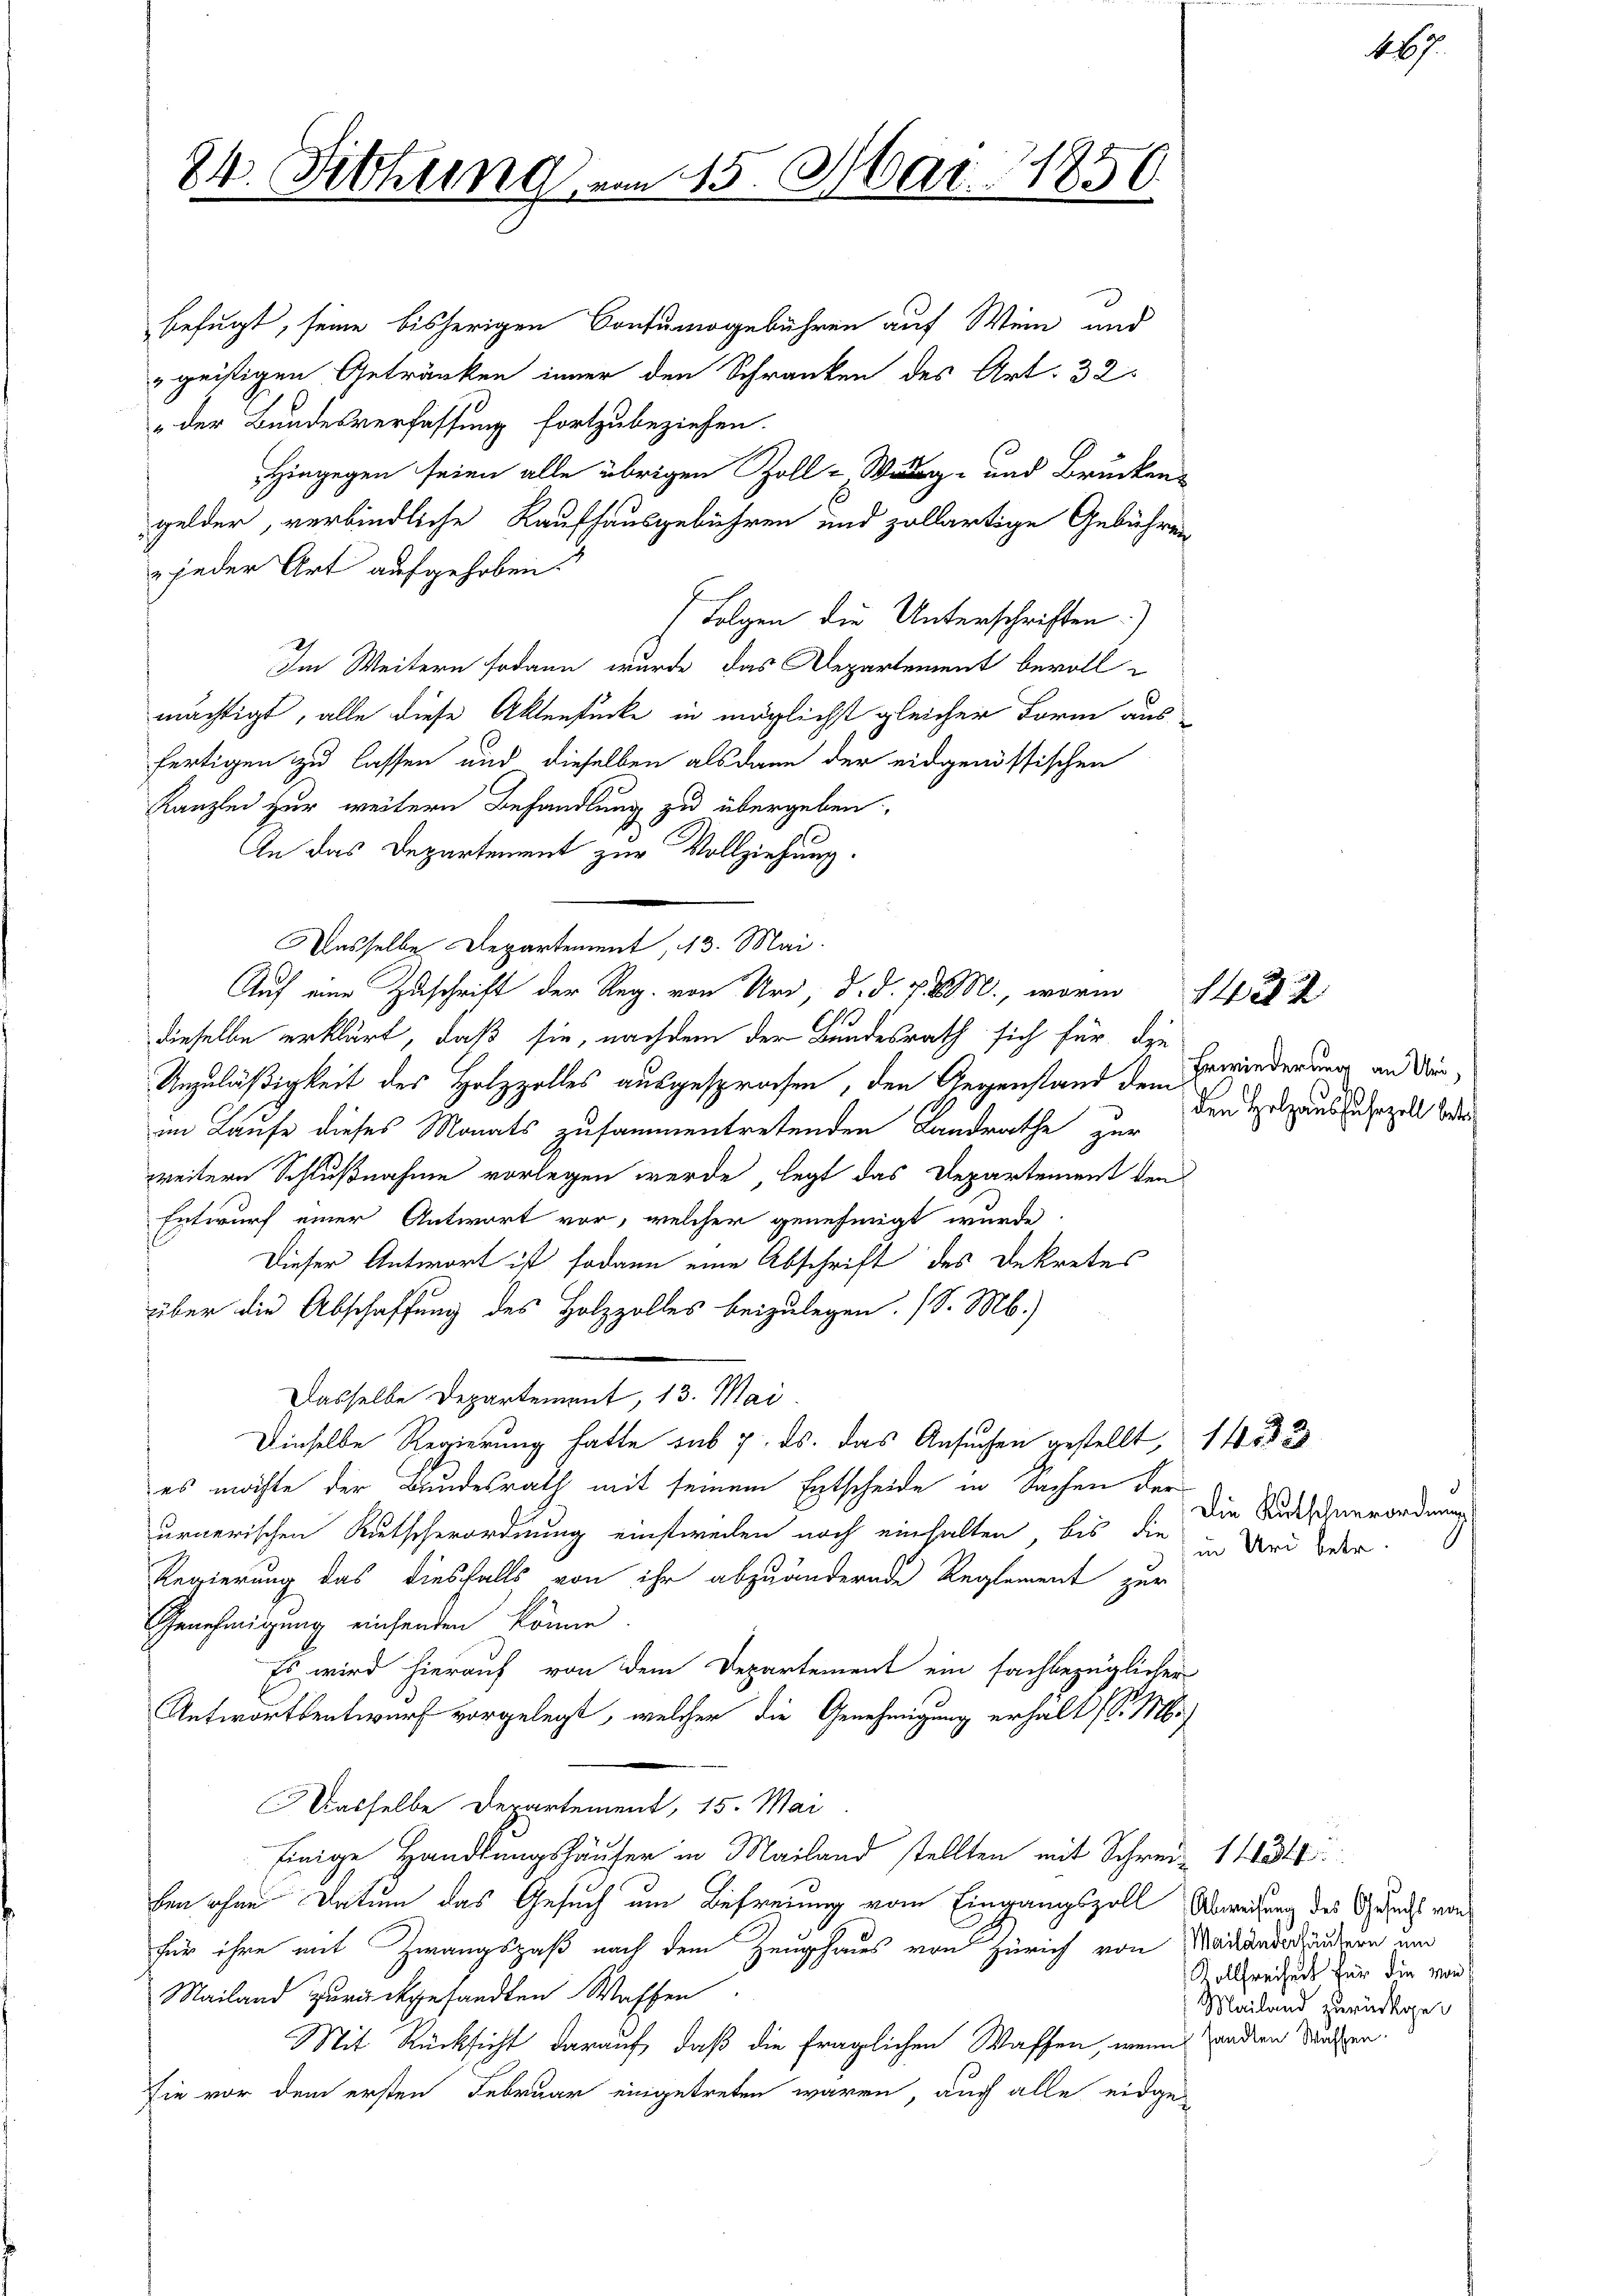
24. Fettung
.

befugt, seine bisherigen Consumogebühren auf Wein und
geistigen Getränken immer den Schranken des Art. 32
„der Bundesverfassung fortzubeziehen.
Hingegen seien alle übrigen Zoll-Weg- und Brücken-
gelder, verbindliche Raufhausgebühren und zollartige Gebühren
 jeder Art aufgehoben.
Folgen die Unterschriften.)
Im Weitern sodann wurde das Departement bevollmächtigt, alle diese Aktenstücke in möglichst gleicher Form aus
fertigen zu lassen und dieselben alsdann der eidgenössischen
Kanzlei zur weitern Behandlung zu übergeben
An das Departement zur Vollziehung.
Dasselbe Departement, 13. Mai.
Auf eine Zuschrift der Reg. von Uri, d. d. J. M., worin
dieselbe erklärt, daß sie, nachdem der Bundesrath sich für die
Unzuläßigkeit des Holzzolles ausgesprochen, den Gegenstand dem
im Laufe dieses Monats zusammentretenden Landrathe zur
weitere Schlußnahme vorlegen werde, legt das Departement den
Entwurf einer Antwort vor, welcher genehmigt wurde
Dieser Antwort ist sodann eine Abschrift des Dekretes
über die Abschaffung des Holzzolles beizulegen. (S. M.)
Dasselbe Departement, 13. Mai
Dieselbe Regierung hatte sub 7. ds. das Ansuchen gestellt, 1453 20
es möchte der Bundesrath mit seinem Entscheide in Sachen der
urnerischen Rutscherordnung einstweden noch einhalten, bis die
Regierung das diesfalls von ihr abzuändernde Reglement zur
Genehmigung einsenden könne.
Es wird hierauf von dem Departement ein fachbezüglicher
Antwortsentwurf vorgelegt, welcher die Genehmigung erhält (S. M.
Wasselbe Departement, 15. Mai
hinige Handlungshäuser in Mailand stellten mit Schreiz 184
ben ohne Datum das Gesuch um Befreiung vom Eingangszoll Abweisung des Gesuchs von
für ihre mit Zwangspaß nach dem Zeughaus von Zürich von Maganderländern und
Mailand zurückgesandten Waffen
Mit Rücksicht darauf, daß die fraglichen Waffen, wenn andern dutzen.
sie vor dem ersten Februar eingetreten waren, auch alle eidge-

15. Mar. 1856
Be

Erwiederung an Uri,
den Holzausfuhrzoll betri

1422

Die Kutschnerordnung
in Uri betr.

Kollfreiheit für die von
Mailand zurückge¬

467.